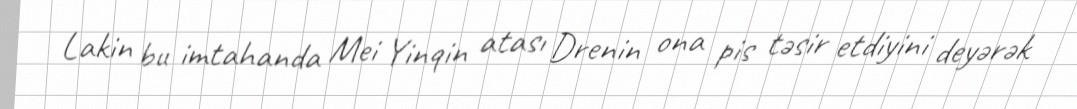
Lakin bu imtahanda Mei Yinqin atası Drenin ona pis təsir etdiyini deyərək